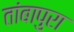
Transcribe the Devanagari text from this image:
तांबापुरा